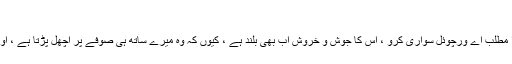
"
اگرچہ میرا چھ سالہ بچہ جانتا ہے کہ میرا مطلب اے ورچوئل سواری کرو ، اس کا جوش و خروش اب بھی بلند ہے ، کیوں کہ وہ میرے ساتھ ہی صوفے پر اچھل پڑتا ہے ، اور لیپ ٹاپ پر اپنی نگاہیں ٹھیک کرتا ہے۔